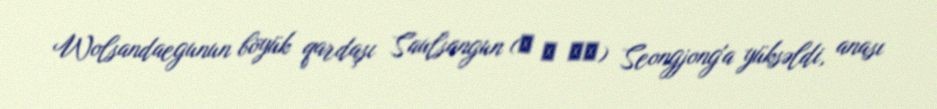
Wolsandaegunun böyük qardaşı Saulsangun (者 乙 山君) Seongjong'a yüksəldi, anası